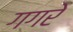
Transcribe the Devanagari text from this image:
गगरे